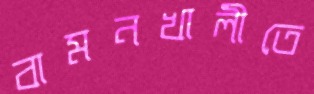
বামনখালীতে